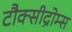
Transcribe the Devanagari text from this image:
टौक्सीद्रोम्स